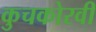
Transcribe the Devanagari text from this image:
कुचकोरवी